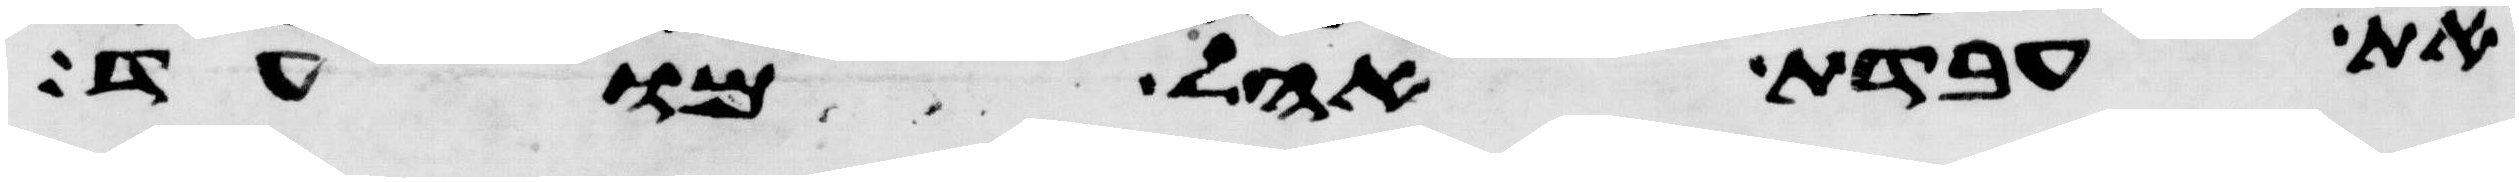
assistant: את עבדת אהל מועד